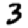
Digit: 3